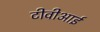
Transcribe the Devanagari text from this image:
टीवीआई